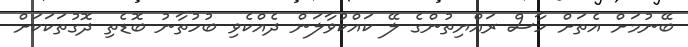
ބޭނުމަށް އެތަށް ހާސް ރައްޔިތުންގެ ލޭ ކައްކުވާލަން ދެއްކެވި ބުހުތާނު ބޮޑެތި ދޮގުތަކަކަށް